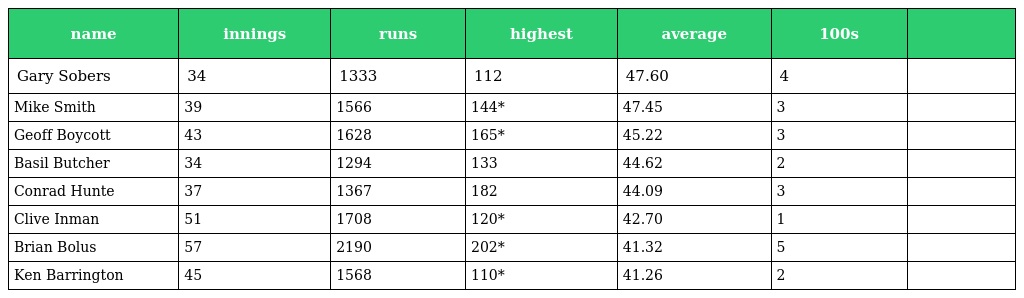
| name | innings | runs | highest | average | 100s |  |
 | --- | --- | --- | --- | --- | --- | --- |
 | Gary Sobers | 34 | 1333 | 112 | 47.60 | 4 |  |
 | Mike Smith | 39 | 1566 | 144* | 47.45 | 3 |  |
 | Geoff Boycott | 43 | 1628 | 165* | 45.22 | 3 |  |
 | Basil Butcher | 34 | 1294 | 133 | 44.62 | 2 |  |
 | Conrad Hunte | 37 | 1367 | 182 | 44.09 | 3 |  |
 | Clive Inman | 51 | 1708 | 120* | 42.70 | 1 |  |
 | Brian Bolus | 57 | 2190 | 202* | 41.32 | 5 |  |
 | Ken Barrington | 45 | 1568 | 110* | 41.26 | 2 |  |